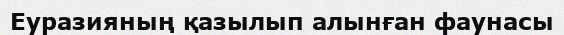
Еуразияның қазылып алынған фаунасы